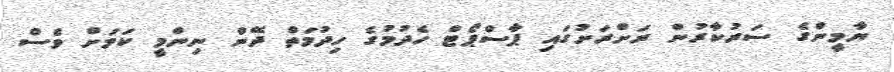
ޔާމީންގެ ސަރުކާރުން ރަށްރަށުގައި ޕާސްޕޯޓް ހެދުމުގެ ހިދުމަތް ދޭން ނިންމީ ކަމަށް ވެސް